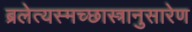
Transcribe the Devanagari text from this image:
ब्रलेत्यस्मच्छास्त्रानुसारेण